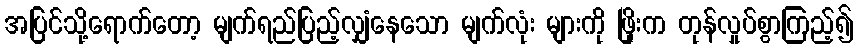
အပြင်သို့ရောက်တော့ မျက်ရည်ပြည့်လျှံနေသော မျက်လုံး များကို ဖြိုးက တုန်လှုပ်စွာကြည့်၍